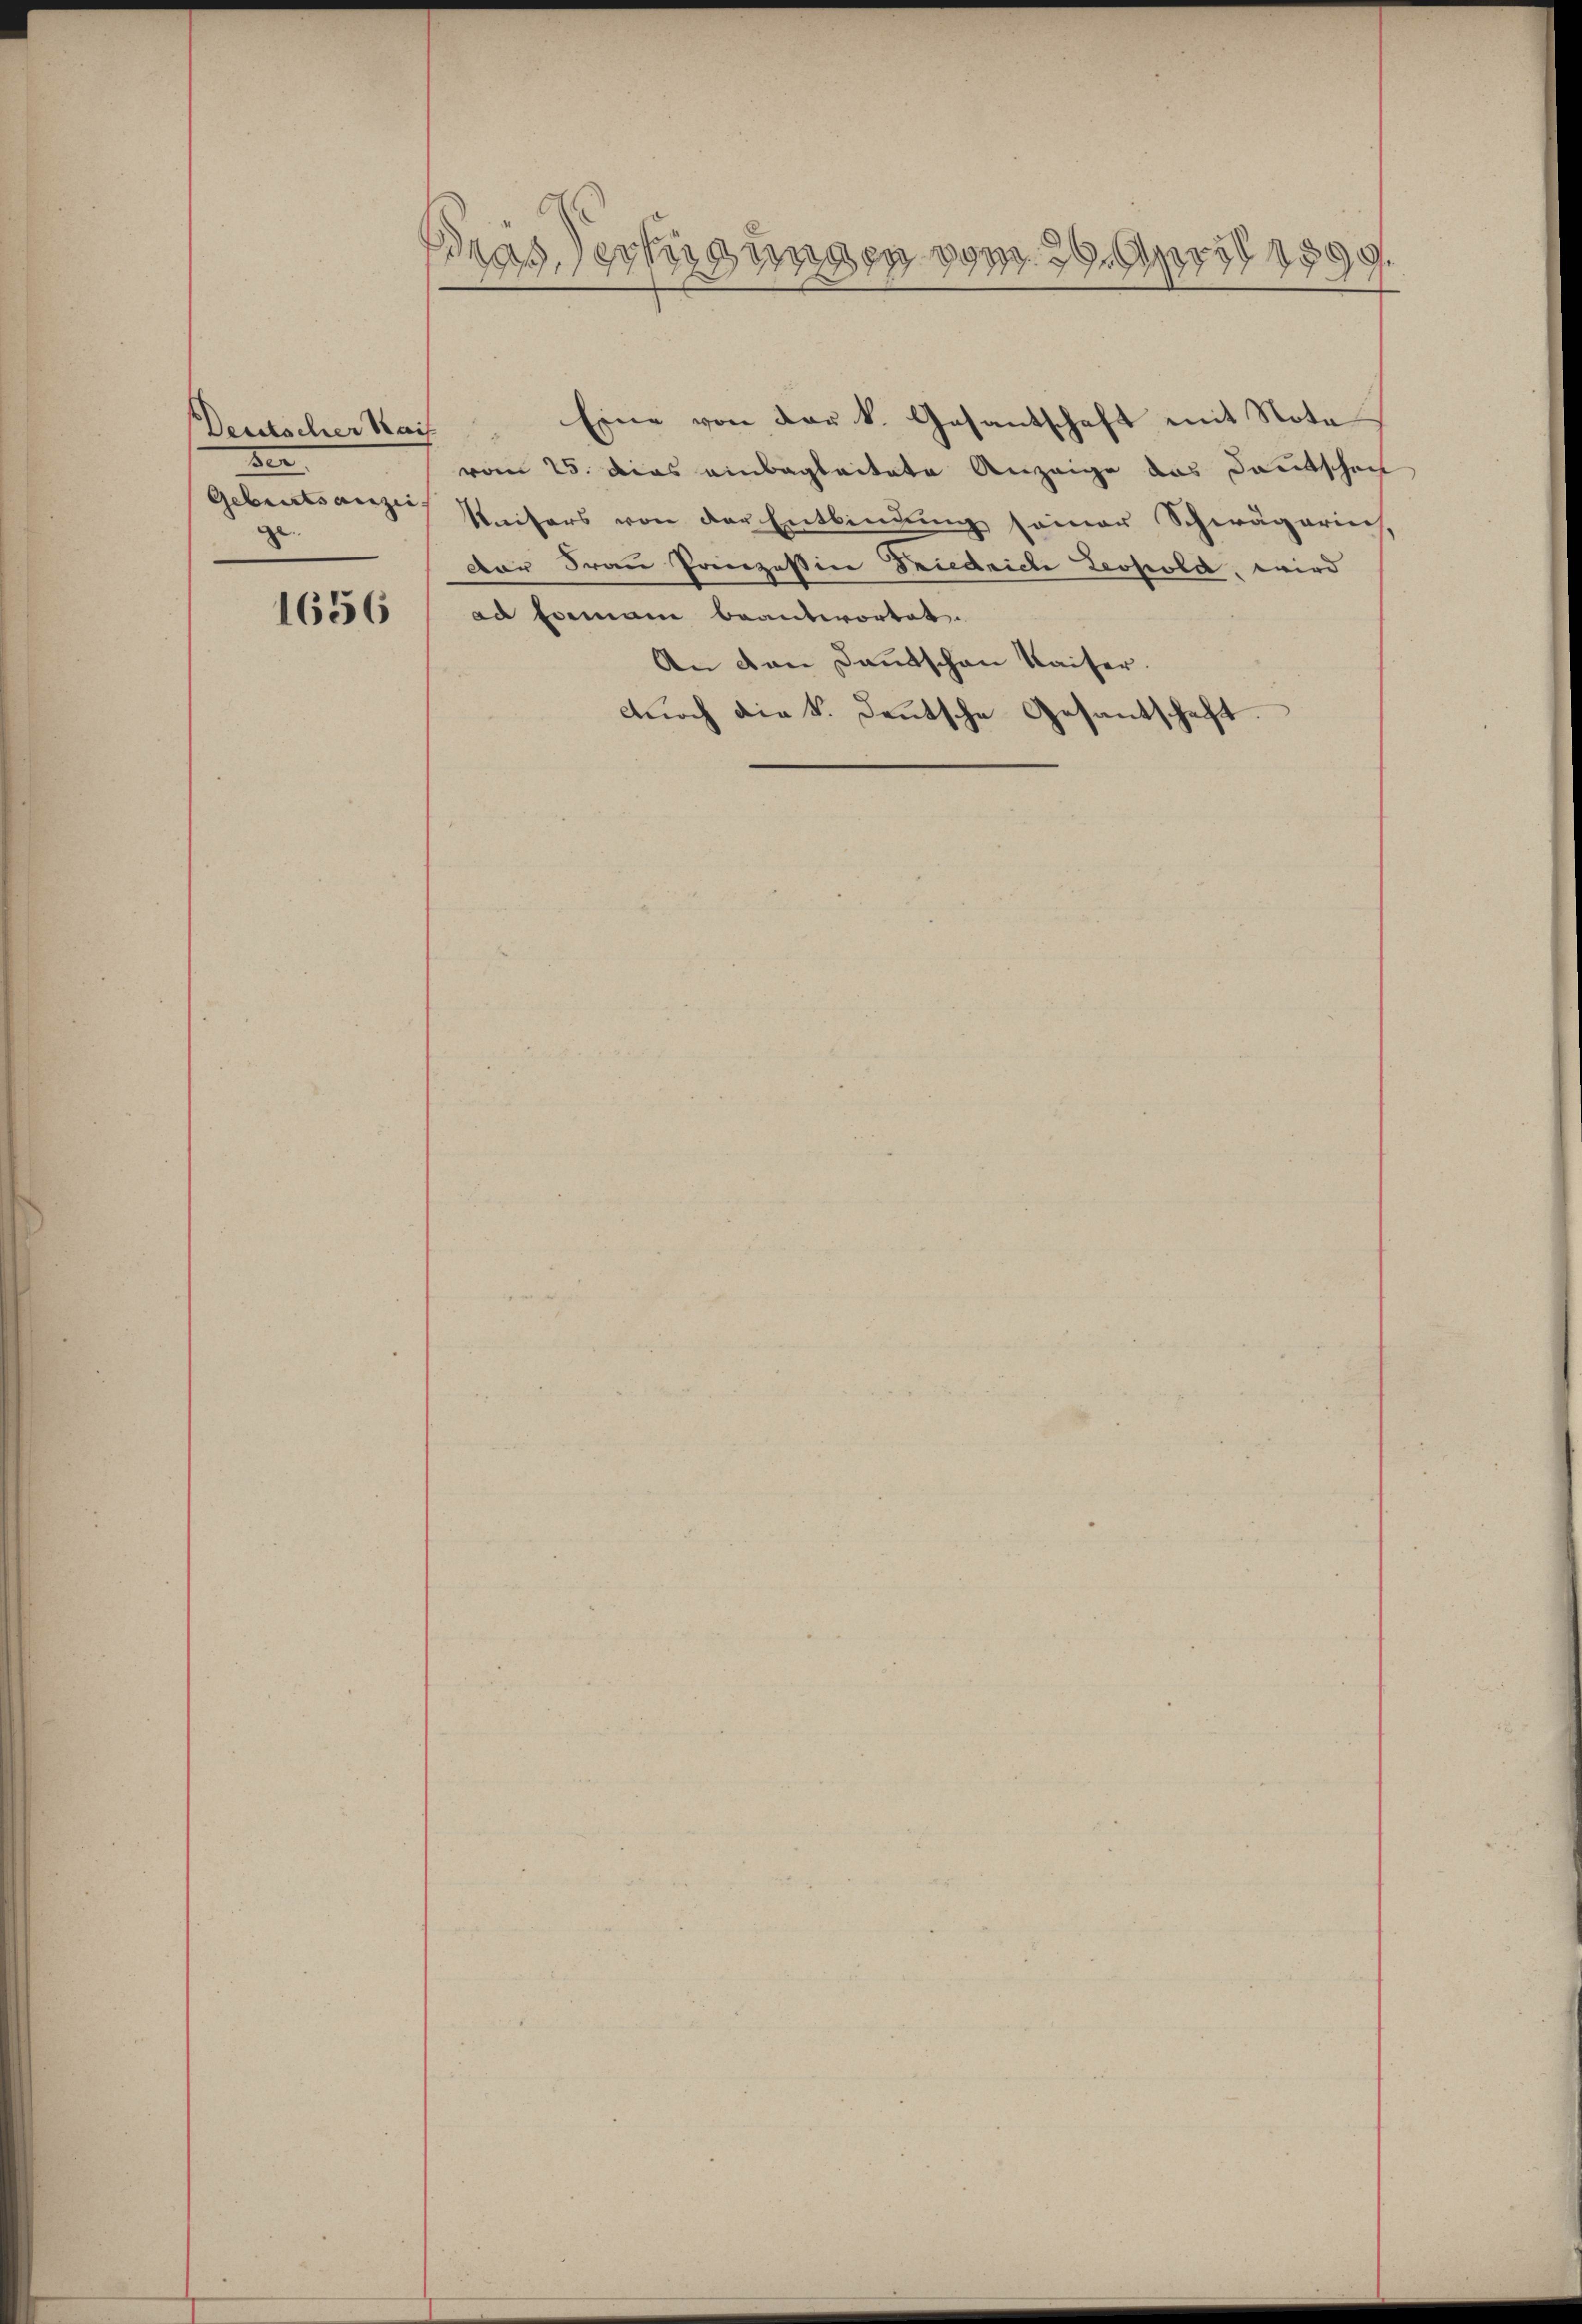
Deutscher Kais
der
Geburtsanzei
ge

1656

Dras Verfügungen vom 29. April 1899.

vom 25. dies einbegleitete Anzeige das Kautschen
Kaisers von der Entbindŭng seiner Schwägerins,
Dar Frau Prinzessin Friedriche Leopold, wird
ad Formann beantwortet.
An von Dantschan Kaiser.
durch die k. Deutsche Gesantschaft.

Eine von der k. Gasantschaft mit Note